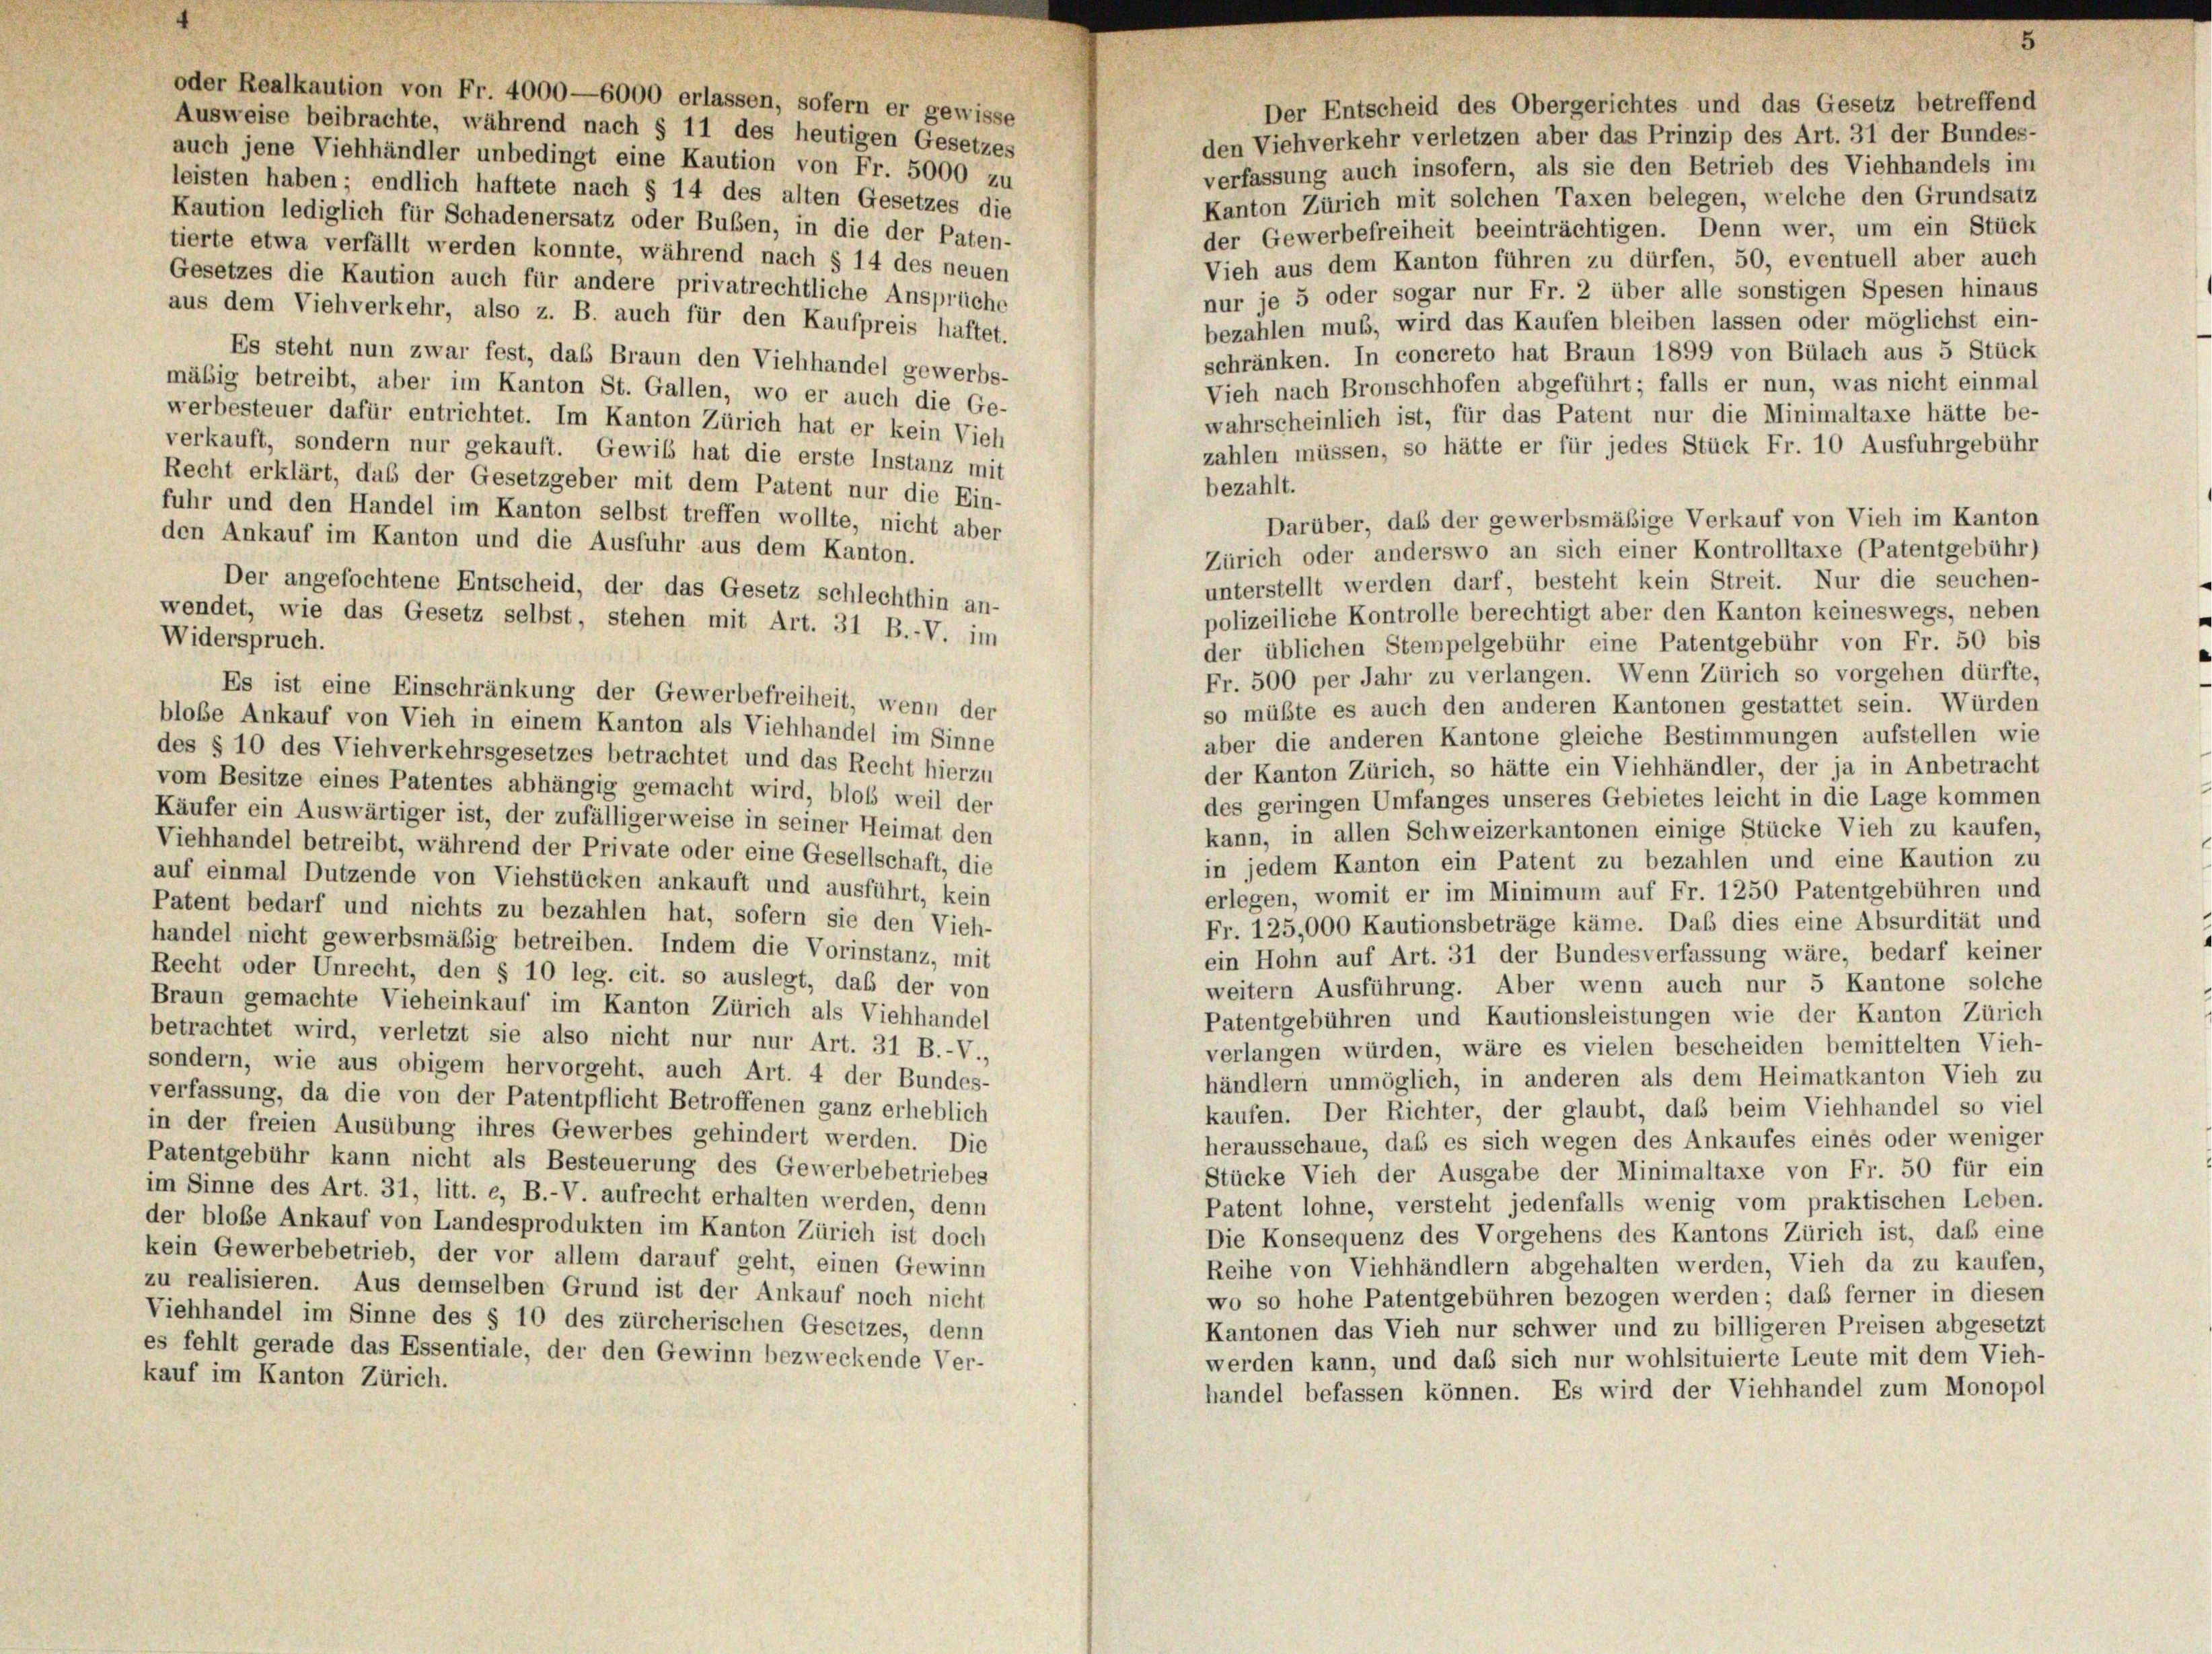
oder Realkaution von Fr. 4000—6000 erlassen, sofern er gewisse
Ausweise beibrachte, während nach § 11 des heutigen Gesetzes

Der Entscheid des Obergerichtes und das Gesetz betreffend
den Viehverkehr verletzen aber das Prinzip des Art. 31 der Bundes-
auch jene Viehhändler unbedingt eine Kaution von Fr. 5000 zu
verfassung auch insofern, als sie den Betrieb des Viehhandels im
leisten haben; endlich haftete nach § 14 des alten Gesetzes die
Kanton Zürich mit solchen Taxen belegen, welche den Grundsatz
Kaution lediglich für Schadenersatz oder Buben, in die der Paten-
der Gewerbefreiheit beeinträchtigen. Denn wer, um ein Stück
tierte etwa verfällt werden konnte, während nach § 14 des neuen
Vieh aus dem Kanton führen zu dürfen, 50, eventuell aber auch
Gesetzes die Kaution auch für andere privatrechtliche Ansprüche
nur je 5 oder sogar nur Fr. 2 über alle sonstigen Spesen hinaus
aus dem Viehverkehr, also z. B. auch für den Kaufpreis haftet.
bezahlen muß, wird das Kaufen bleiben lassen oder möglichst ein-
schränken. In concreto hat Braun 1899 von Bülach aus 5 Stück
Es steht nun zwar fest, das Braun den Viehhandel gewerbs-
Vieh nach Bronschhofen abgeführt; falls er nun, was nicht einmal
mäßig betreibt, aber im Kanton St. Gallen, wo er auch die Ge-
wahrscheinlich ist, für das Patent nur die Minimaltaxe hätte be-
werbesteuer dafür entrichtet. Im Kanton Zürich hat er kein Vieh
zahlen müssen, so hätte er für jedes Stück Fr. 10 Ausfuhrgebühr
verkauft, sondern nur gekauft. Gewib hat die erste Instanz mit
Recht erklärt, daß der Gesetzgeber mit dem Patent nur die Ein-
bezahlt.
fuhr und den Handel im Kanton selbst treffen wollte, nicht aber
Darüber, das der gewerbsmäßige Verkauf von Vieh im Kanton
den Ankauf im Kanton und die Ausfuhr aus dem Kanton.
Der angefochtene Entscheid, der das Gesetz schlechthin an-
polizeiliche Kontrolle berechtigt aber den Kanton keineswegs, neben
wendet, wie das Gesetz selbst, stehen mit Art. 31 B.-V. im
Widerspruch.
der üblichen Stempelgebühr eine Patentgebühr von Fr. 50 bis
Fr. 500 per Jahr zu verlangen. Wenn Zürich so vorgehen dürfte,
Es ist eine Einschränkung der Gewerbefreiheit, wenn der
so müßte es auch den anderen Kantonen gestattet sein. Würden
bloße Ankauf von Vieh in einem Kanton als Viehhandel im Sinne
aber die anderen Kantone gleiche Bestimmungen aufstellen wie
des § 10 des Viehverkehrsgesetzes betrachtet und das Recht hierzu
der Kanton Zürich, so hätte ein Viehhändler, der ja in Anbetracht
vom Besitze eines Patentes abhängig gemacht wird, bloß weil der
des geringen Umfanges unseres Gebietes leicht in die Lage kommen
Käufer ein Auswärtiger ist, der zufälligerweise in seiner Heimat den
kann, in allen Schweizerkantonen einige Stücke Vieh zu kaufen,
Viehhandel betreibt, während der Private oder eine Gesellschaft, die
in jedem Kanton ein Patent zu bezahlen und eine Kaution zu
auf einmal Dutzende von Viehstücken ankauft und ausführt, kein
erlegen, womit er im Minimum auf Fr. 1250 Patentgebühren und
Patent bedarf und nichts zu bezahlen hat, sofern sie den Vieh-
Fr. 125,000 Kautionsbeträge käme. Daß dies eine Absurdität und
handel nicht gewerbsmäßig betreiben. Indem die Vorinstanz, mit
ein Hohn auf Art. 31 der Bundesverfassung wäre, bedarf keiner
Recht oder Unrecht, den § 10 leg. cit. so auslegt, daß der von
weitern Ausführung. Aber wenn auch nur 5 Kantone solche
Braun gemachte Vieheinkauf im Kanton Zürich als Viehhandel
Patentgebühren und Kautionsleistungen wie der Kanton Zürich
betrachtet wird, verletzt sie also nicht nur nur Art. 31 B.-V.,
verlangen würden, wäre es vielen bescheiden bemittelten Vieh-
sondern, wie aus obigem hervorgeht, auch Art. 4 der Bundes-
händlern unmöglich, in anderen als dem Heimatkanton Vieh zu
verfassung, da die von der Patentpflicht Betroffenen ganz erheblich
kaufen. Der Richter, der glaubt, daß beim Viehhandel so viel
in der freien Ausübung ihres Gewerbes gehindert werden. Die
herausschaue, daß es sich wegen des Ankaufes eines oder weniger
Patentgebühr kann nicht als Besteuerung des Gewerbebetriebes
Stücke Vieh der Ausgabe der Minimaltaxe von Fr. 50 für ein
im Sinne des Art. 31, litt. e, B.-V. aufrecht erhalten werden, denn
Patent lohne, versteht jedenfalls wenig vom praktischen Leben.
der bloße Ankauf von Landesprodukten im Kanton Zürich ist doch
Die Konsequenz des Vorgehens des Kantons Zürich ist, daß eine
zein Gewerbebetrieb, der vor allem darauf geht, einen Gewinn
Reihe von Viehhändlern abgehalten werden, Vieh da zu kaufen,
zu realisieren. Aus demselben Grund ist der Ankauf noch nicht
wo so hohe Patentgebühren bezogen werden; daß ferner in diesen
Viehhandel im Sinne des § 10 des zürcherischen Gesetzes, denn
Kantonen das Vieh nur schwer und zu billigeren Preisen abgesetzt
es fehlt gerade das Essentiale, der den Gewinn bezweckende Ver-
werden kann, und daß sich nur wohlsituierte Leute mit dem Vieh-
kauf im Kanton Zürich.
handel befassen können. Es wird der Viehhandel zum Monopol

Zürich oder anderswo an sich einer Kontrolltaxe (Patentgebühr)
unterstellt werden darf, besteht kein Streit. Nur die seuchen-